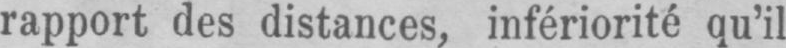
rapport des distances, infériorité qu’il